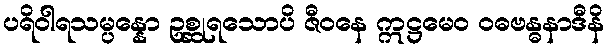
ပရိဝါရသမ္ပန္နော ဥစ္ဆုရသောပိ ဇီဝနေ ဣဋ္ဌမေဝ ဝဓဗန္ဓနာဒီနိ